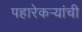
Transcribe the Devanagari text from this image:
पहारेकर्‍यांची